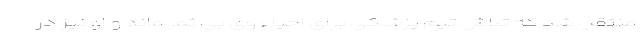
منتقل شد که تلاش تیم پزشکی برای احیاء وی بی ثمر ماند و او نیز در